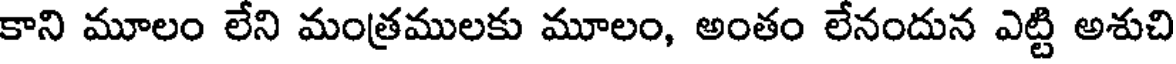
కాని మూలం లేని మంత్రములకు మూలం, అంతం లేనందున ఎట్టి అశుచి